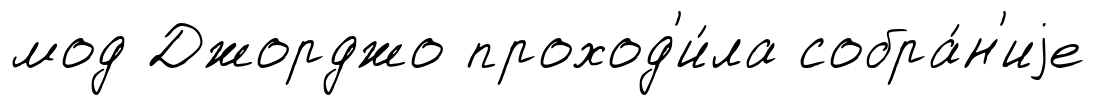
мод Джорджо проход'и́ла собра́н'иjе